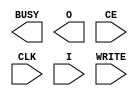
// $Header: /devl/xcs/repo/env/Databases/CAEInterfaces/verunilibs/s/ICAP_VIRTEX4.v,v 1.1.6.6 2004/05/12 19:07:23 patrickp Exp $
/*

FUNCTION	: Special Function Cell, ICAP_VIRTEX4

*/

`timescale  100 ps / 10 ps


module ICAP_VIRTEX4 (BUSY, O, CE, CLK, I, WRITE);

    output BUSY;
    output [31:0] O;

    input  CE, CLK, WRITE;
    input  [31:0] I;

    parameter ICAP_WIDTH = "X8";
    
endmodule